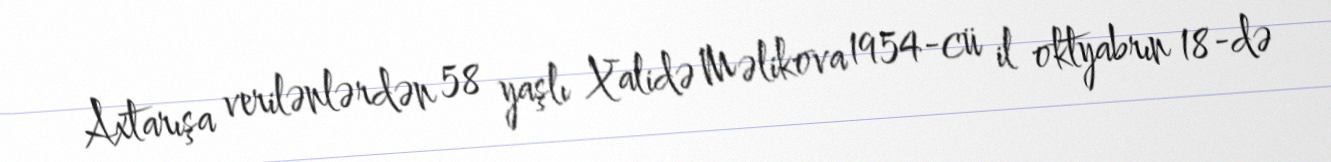
Axtarışa verilənlərdən 58 yaşlı Xalidə Məlikova 1954-cü il oktyabrın 18-də